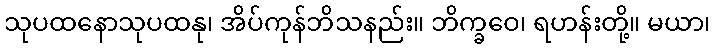
သုပထနောသုပထနု၊ အိပ်ကုန်ဘိသနည်း။ ဘိက္ခဝေ၊ ရဟန်းတို့။ မယာ၊